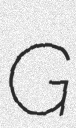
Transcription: G